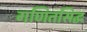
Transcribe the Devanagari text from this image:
गणितसिद्ध